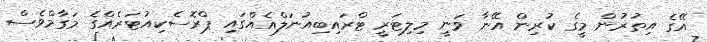
އޭގެ އިތުރުން މީގެ ކުރިން އޭނާ ވަނީ މިލިޓަރީ ޓްރައިބިއުނަލްއެއްގައި ޕްރޮސެކިއުޓަރެއްގެ މަގާމްވެސް